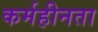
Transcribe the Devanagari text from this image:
कर्महीनता